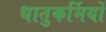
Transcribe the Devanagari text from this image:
धातुकर्मियों